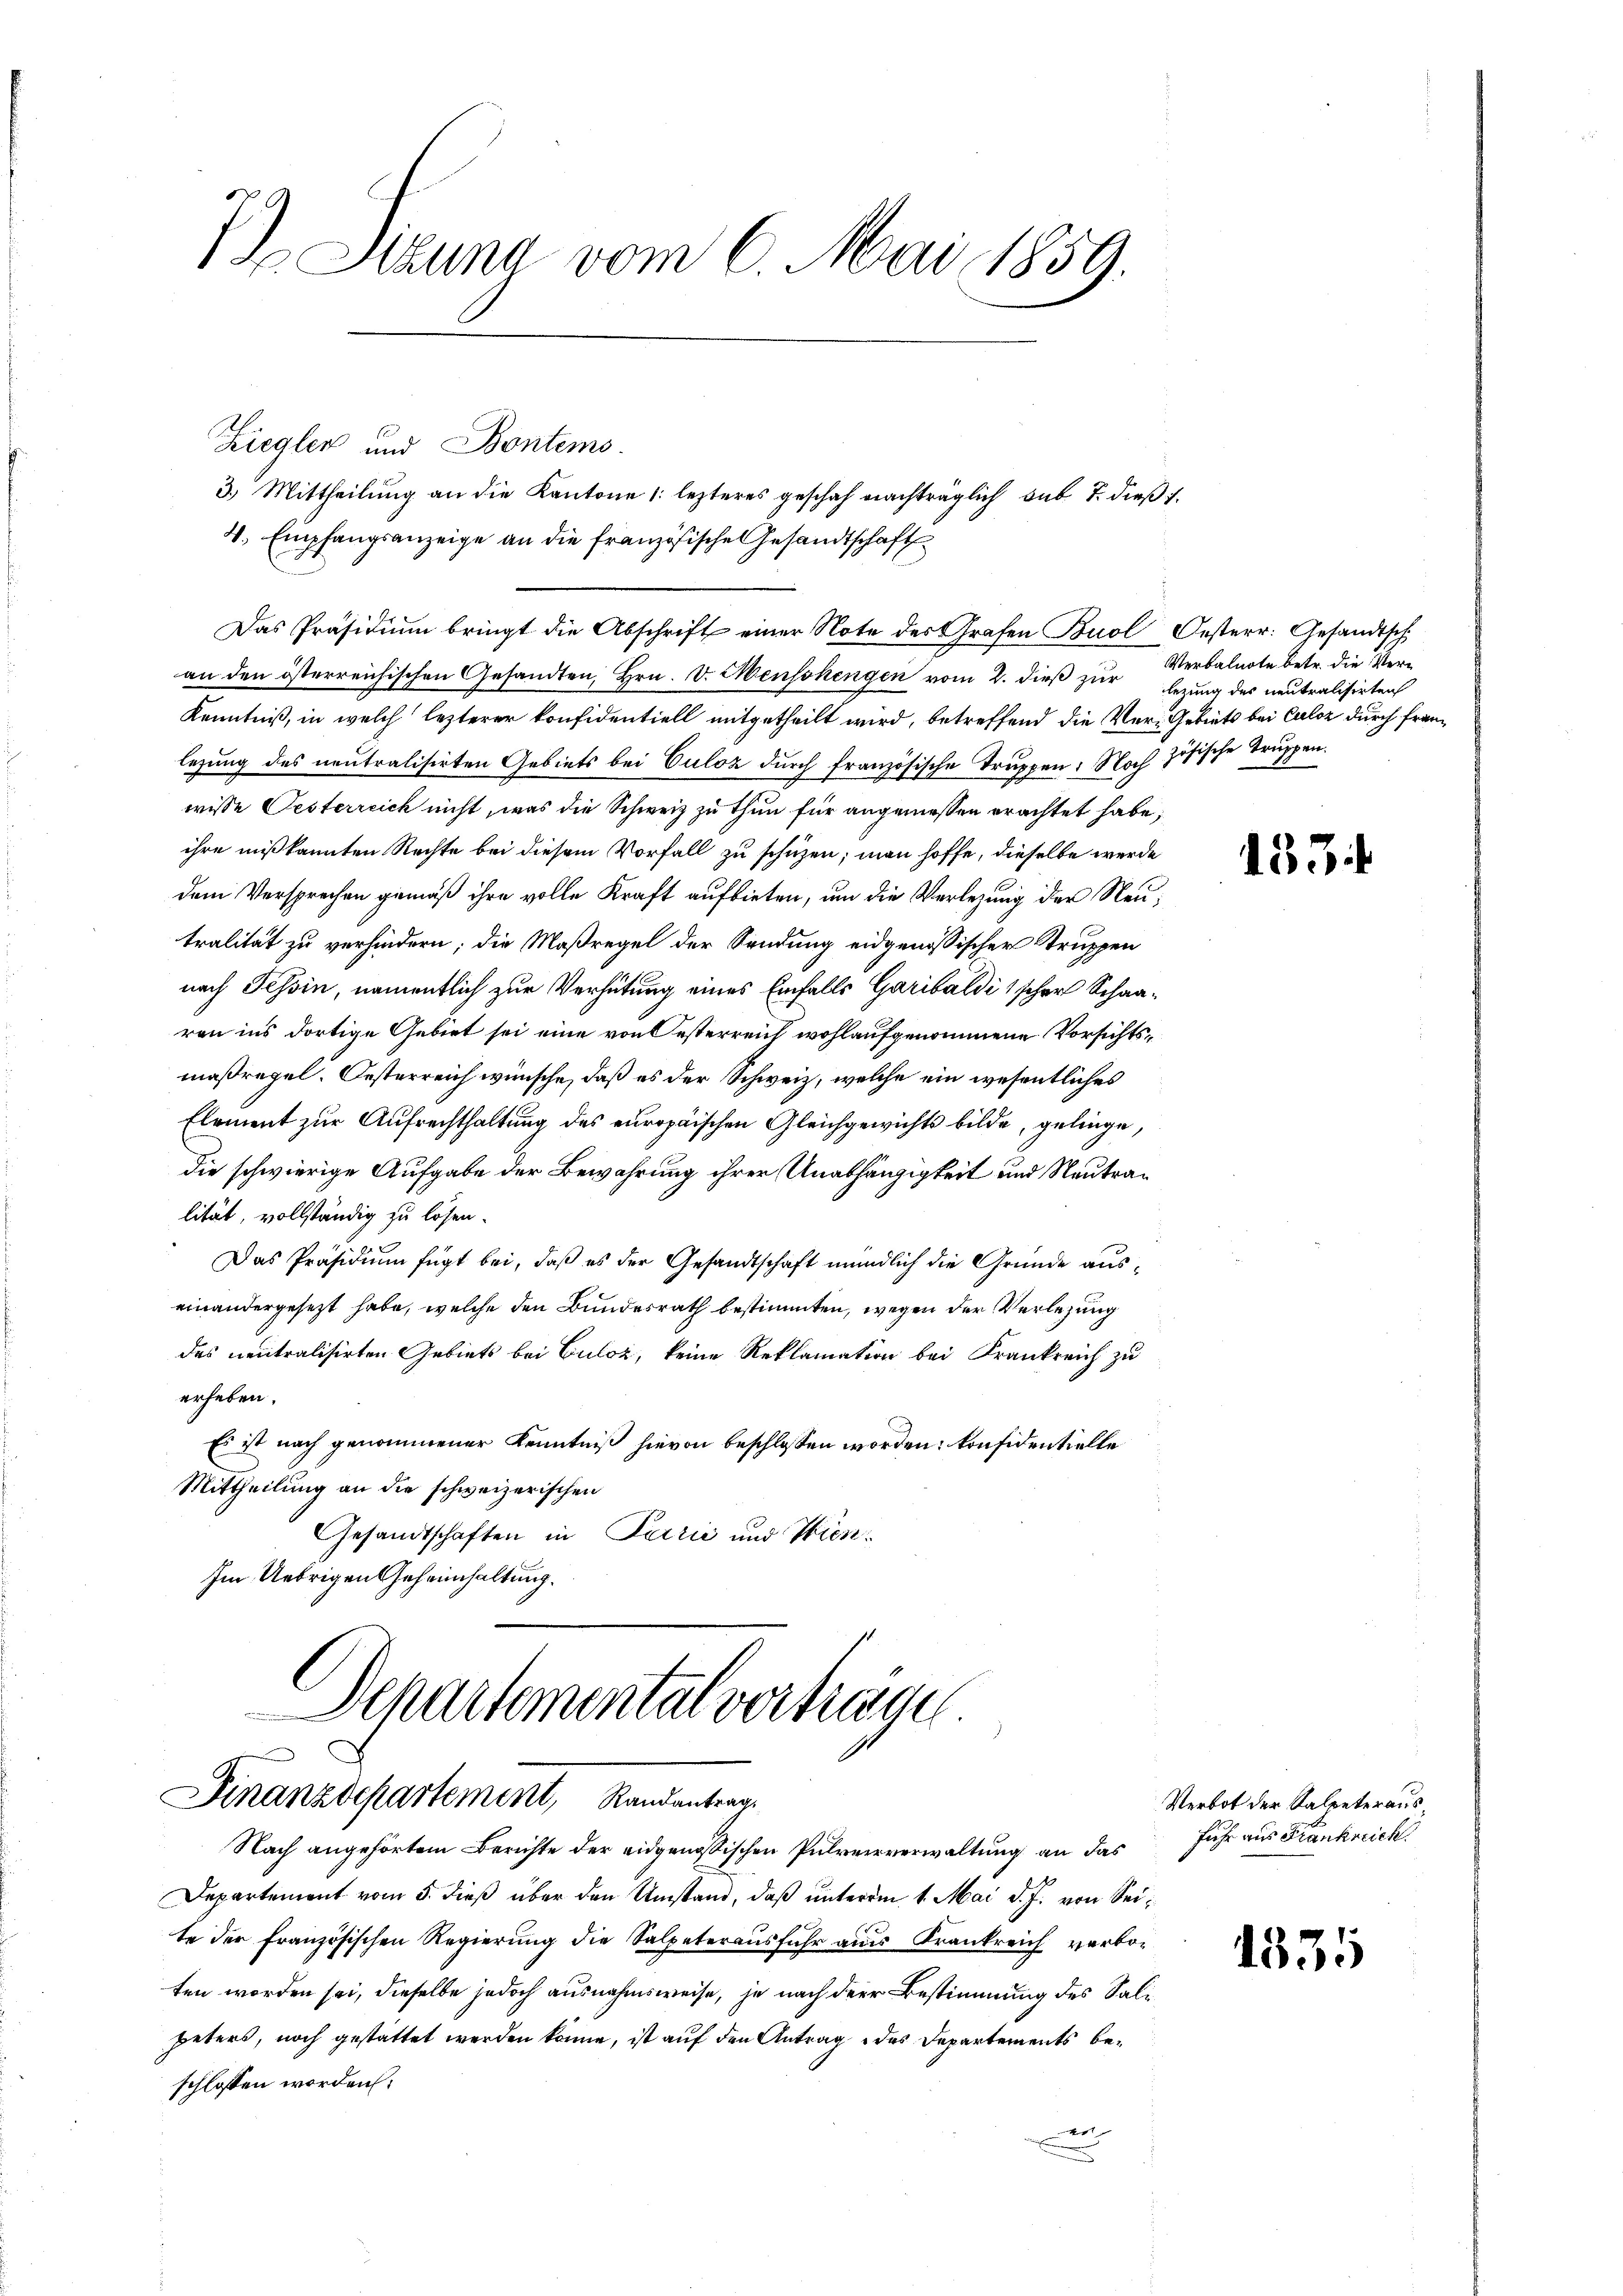
I Sizung vom 6. Mai 1859.

Ziegler und Bontems.
3.) Mittheilung an die Kantone 1: lezteres geschah nachträglich sub 7. dießf
4. Empfangsanzeige an die französische Gesandtschaft
Das Präsidium bringt die Abschrift einer Note des Grafen Buol Oesterr. Gesandtsch
an den österreichischen Gesandten, Hrn. v. Menschengen vom 2. dieß zur Verbalnote betr. die Ver¬
Kenntniß, in welch lezterer Konfidentiell mitgetheilt wird, betreffend die Ver-Gebiets bei Culoz durch franlegung des neutralisirten Gebiets bei Culoz durch französische Truppen: Noch zösische Truppen.
wisse Oesterreich nicht, was die Schweiz zu thun für angemessen erachtet habe,
ihre miß kannten Rechte bei diesem Vorfall zu schüzen; man hoffe, dieselbe werde
dem Versprechen gemäß ihre volle Kraft aufbieten, um die Verlegung der Neutralität zu verhindern; die Maßregel der Sendung eidgenössischer Struppen
nach Tessin, namentlich zur Verhütung eines Einfalls Garibaldi & scher Schaaren ins dortige Gebiet sei eine von Oesterreich wohl aufgenommene Vorsichtsmaßregel. Oesterreich wünsche, daß es der Schweiz, welche ein wesentliches
Element zur Aufrechthaltung des europäischen Gleichgewichts bilde, gelinge,
die schwierige Aufgabe der Bewahrung ihrer Unabhängigkeit und Neutralität, vollständig zu lösen.
Das Präsidium fügt bei, daß es der Gesandtschaft mündlich die Gründe auseinandergesezt habe, welche den Bundesrath bestimmten, wegen der Verlegung
des neutralisirten Gebiets bei Guloz, keine Reklamation bei Frankreich zu
erheben.
Es ist nach genommener Kenntniß hievon beschlossen worden konsidentielle
Mittheilung an die schweizerischen
Gesandtschaften in Perić und Wien¬
Im Uebrigen Geheimhaltung.
Schartemental vortrage
Finanzdepartement, Randantrag
Nach angehörtem Berichte der eidgenößischen Pulververwaltung an das
Departement vom 5. dieß über den Umstand, daß unterm 1. Mai d. J. von Seite der französischen Regierung die Salpeterausfuhr aus Krankreich verboten worden sei, dieselbe jedoch ausnahmsweise, je nach der Bestimmung des Salipeters, noch gestattet werden könne, ist auf den Antrag des Departements beschlossen worden.
er

lezung des neutralisirten

133

Verbot der Salpeterausfuhr aus Frankreich

1335